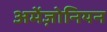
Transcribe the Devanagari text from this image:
अमेंज़ोनियन